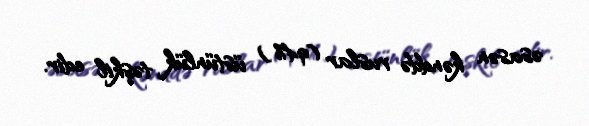
əsasən kənddə ruslar (94%) üstünlük təşkil edir.